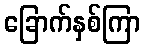
ခြောက်နှစ်ကြာ